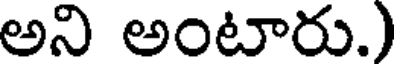
అని అంటారు.)